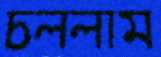
চললাম